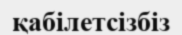
қабілетсізбіз